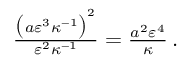
\begin{array} { r } { \frac { \bigl ( a \varepsilon ^ { 3 } \kappa ^ { - 1 } \bigr ) ^ { 2 } } { \varepsilon ^ { 2 } \kappa ^ { - 1 } } = \frac { a ^ { 2 } \varepsilon ^ { 4 } } { \kappa } \, . } \end{array}